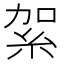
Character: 𥿃